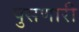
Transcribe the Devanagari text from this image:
पुसणारी